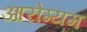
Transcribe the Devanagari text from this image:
आरोग्यम